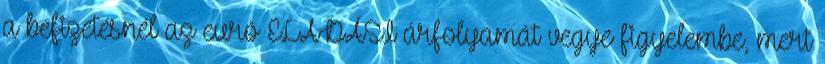
a befizetésnél az euró ELADÁSI árfolyamát vegye figyelembe, mert